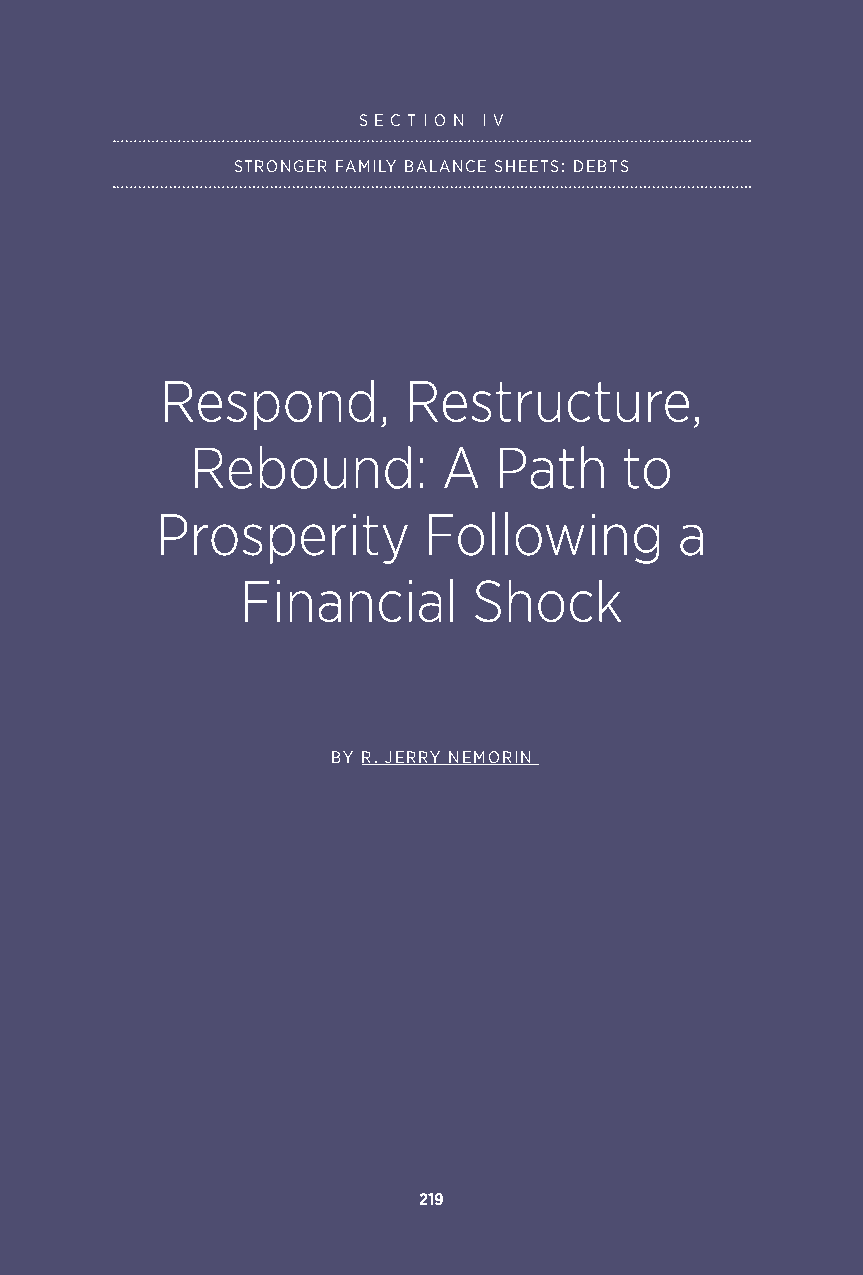
S E C T I O N I V
 STRONGER FAMILY BALANCE SHEETS: DEBTS
 Respond,        Restructure,
 Rebound:        A   Path    to
 Prosperity        Following        a
 Financial      Shock
 BY R. JERRY NEMORIN
 219